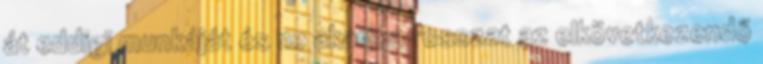
át eddigi munkáját és ne akarjon rosszat az elkövetkezendő